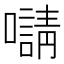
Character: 𡃑